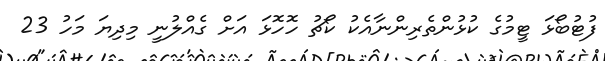
ފުޓުބޯޅަ ޓީމުގެ ކުޅުންތެރިންނާއެކު ކޯޗު ހޮހޮޅަ އަށް ގެއްލުނީ މިދިޔަ މަހު 23